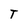
Character: T